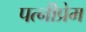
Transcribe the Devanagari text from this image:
पत्नीप्रेम